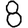
Digit: 8